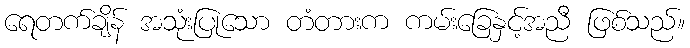
ရေတက်ချိန် အသုံးပြုသော တံတားက ကမ်းခြေနှင့်အညီ ဖြစ်သည်။